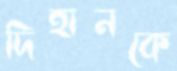
দিহানকে